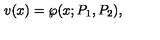
v ( x ) = \wp ( x ; P _ { 1 } , P _ { 2 } ) ,